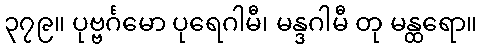
၃၇၉။ ပုဗ္ဗင်္ဂမော ပုရေဂါမီ၊ မန္ဒဂါမီ တု မန္ထရော။